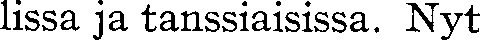
lissa ja tanssiaisissa. Nyt